Dysentery in Hazaribagh Central Jail - Number 52
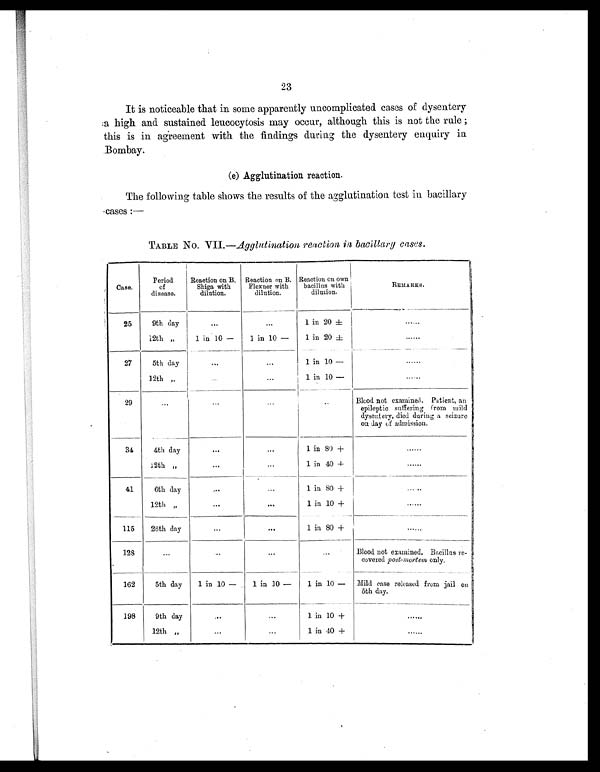
23
It is noticeable that in some apparently uncomplicated cases of dysentery
a high and sustained lencocytosis may occur, although this is not the rule ;
this is in agreement with the findings during the dysentery enquiry in
Bombay.
(e) Agglutination reaction.
The following table shows the results of the agglutination test in bacillary
cases:—
TABLE No. VII. —Agglutination reaction in bacillary cases.
Case.
Period
of
disease.
Reaction on B.
Shiga with
dilution.
Reaction on B.
Flexner with
dilution.
Reaction on own
bacillus with
dilution.
REMARKS.
25
9th day
...
. . . 1 i n 20±
......
12th „
1 in 10 -
1 in 10 -
1 in 20 ±
......
27
5th day
...
...
1 in 10 -
......
12th „
. . .
...
1 in 10 -
. . . . . .
29
. . .
. . .
. . .
...
Blood not examined. Patient, an
epileptic suffering from mild
dysentery, died during a seizure
on day of admission.
34
4th day
. . .
...
1 in 80 +
......
12th „
. . .
. . .
1 in 40 +
......
41
6th day
...
...
1 in 80 +
. . . . . .
12th ,,
. . .
. . .
1 in 10 +
. . . . . .
115
26th day
...
. . .
1 in 80 +
......
128
...
. . .
. . .
...
Blood not examined. Bacillus re-
covered post-mortem only.
162
5th day
1 in 10 -
1 in 10 -
1 in 10 -
Mild case released from jail on
5th day.
198
9th day
...
...
1 in 10 +
. . . . . .
12th „
...
...
1 in 40 +
......